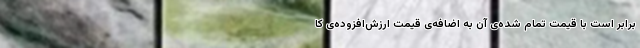
برابر است با قیمتِ تمام شده‌ی آن به اضافه‌ی قیمت ارزش‌افزوده‌ی کا